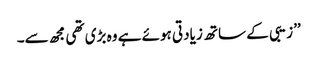
’’زیبی کے ساتھ زیادتی ہوئے ہے وہ بڑی تھی مجھ سے۔